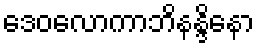
ဒေဝလောကာဘိနန္ဒိနော